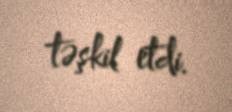
təşkil etdi.